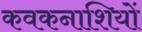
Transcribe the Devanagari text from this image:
कवकनाशियों